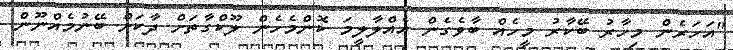
"އަހަރެން މިހާރު ބޭކާރު މީހެއް ބާވެގެން އެއްލާލީމަ ކޮންމެހެން ލޫކްގާތަށް ދާކަށް ބޭނުމެއްނޫން